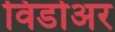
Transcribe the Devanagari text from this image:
विडोअर